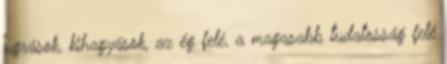
ugrások, kihagyások, az ég felé, a magasabb tudatosság felé